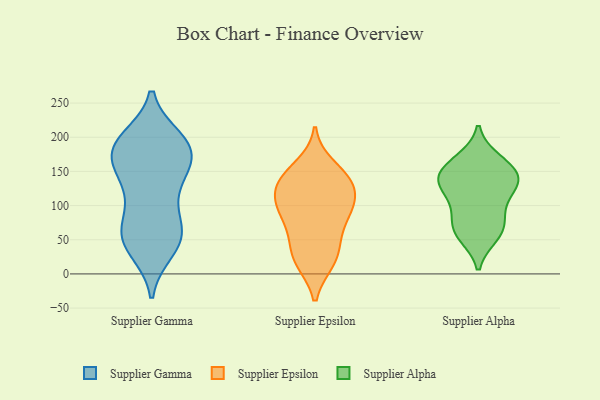
{"axis": {"x": "Waste Production (Tons)", "y": "Value"}, "legend": ["Supplier Alpha", "Supplier Epsilon", "Supplier Gamma"], "data": [{"x": "", "y": 59, "type": "Supplier Gamma"}, {"x": "", "y": 197, "type": "Supplier Gamma"}, {"x": "", "y": 142, "type": "Supplier Gamma"}, {"x": "", "y": 127, "type": "Supplier Gamma"}, {"x": "", "y": 56, "type": "Supplier Gamma"}, {"x": "", "y": 157, "type": "Supplier Gamma"}, {"x": "", "y": 60, "type": "Supplier Gamma"}, {"x": "", "y": 35, "type": "Supplier Gamma"}, {"x": "", "y": 53, "type": "Supplier Gamma"}, {"x": "", "y": 181, "type": "Supplier Gamma"}, {"x": "", "y": 130, "type": "Supplier Gamma"}, {"x": "", "y": 70, "type": "Supplier Gamma"}, {"x": "", "y": 180, "type": "Supplier Gamma"}, {"x": "", "y": 167, "type": "Supplier Gamma"}, {"x": "", "y": 194, "type": "Supplier Gamma"}, {"x": "", "y": 180, "type": "Supplier Gamma"}, {"x": "", "y": 38, "type": "Supplier Gamma"}, {"x": "", "y": 194, "type": "Supplier Gamma"}, {"x": "", "y": 183, "type": "Supplier Gamma"}, {"x": "", "y": 97, "type": "Supplier Gamma"}, {"x": "", "y": 52, "type": "Supplier Epsilon"}, {"x": "", "y": 51, "type": "Supplier Epsilon"}, {"x": "", "y": 99, "type": "Supplier Epsilon"}, {"x": "", "y": 133, "type": "Supplier Epsilon"}, {"x": "", "y": 20, "type": "Supplier Epsilon"}, {"x": "", "y": 84, "type": "Supplier Epsilon"}, {"x": "", "y": 158, "type": "Supplier Epsilon"}, {"x": "", "y": 122, "type": "Supplier Epsilon"}, {"x": "", "y": 105, "type": "Supplier Epsilon"}, {"x": "", "y": 21, "type": "Supplier Epsilon"}, {"x": "", "y": 18, "type": "Supplier Epsilon"}, {"x": "", "y": 87, "type": "Supplier Epsilon"}, {"x": "", "y": 96, "type": "Supplier Epsilon"}, {"x": "", "y": 135, "type": "Supplier Epsilon"}, {"x": "", "y": 144, "type": "Supplier Epsilon"}, {"x": "", "y": 135, "type": "Supplier Epsilon"}, {"x": "", "y": 97, "type": "Supplier Alpha"}, {"x": "", "y": 81, "type": "Supplier Alpha"}, {"x": "", "y": 135, "type": "Supplier Alpha"}, {"x": "", "y": 119, "type": "Supplier Alpha"}, {"x": "", "y": 149, "type": "Supplier Alpha"}, {"x": "", "y": 133, "type": "Supplier Alpha"}, {"x": "", "y": 64, "type": "Supplier Alpha"}, {"x": "", "y": 167, "type": "Supplier Alpha"}, {"x": "", "y": 162, "type": "Supplier Alpha"}, {"x": "", "y": 56, "type": "Supplier Alpha"}, {"x": "", "y": 62, "type": "Supplier Alpha"}, {"x": "", "y": 131, "type": "Supplier Alpha"}, {"x": "", "y": 145, "type": "Supplier Alpha"}]}